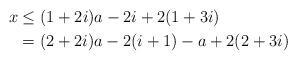
LaTeX: \begin{align*}x & \leq (1+2i) a - 2 i + 2 (1+3i) \\& = (2 + 2i) a - 2 (i+1) - a + 2 (2+3i)\end{align*}